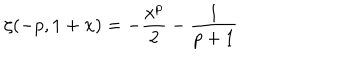
LaTeX: \zeta ( - p , 1 + x ) = - \frac { x ^ { p } } { 2 } - \frac { 1 } { p + 1 }